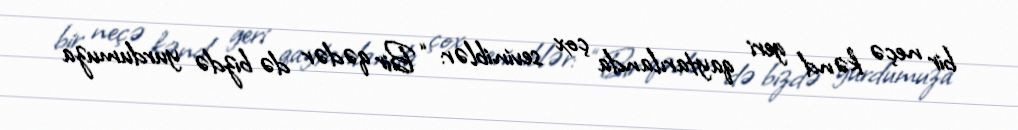
bir neçə kənd geri qaytarılanda çox seviniblər: “Bir qədər də bizdə yurdumuza